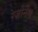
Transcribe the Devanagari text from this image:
रेज़ोनेंस